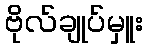
ဗိုလ်ချုပ်မှူး